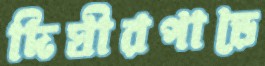
দিঘীরপাড়ে